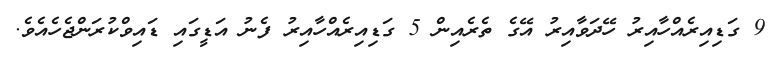
9 ގަޑިއިރެއްހާއިރު ހޭދަވާއިރު އޭގެ ތެރެއިން 5 ގަޑިއިރެއްހާއިރު ފެނު އަޑީގައި ޑައިވްކުރަންޖެހެއެވެ.